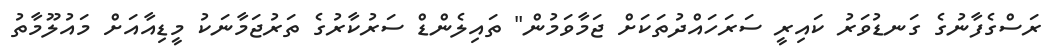
ރަސްގެފާނުގެ ގަނޑުވަރު ކައިރީ ސަރަހައްދުތަކަށް ޖަމާވަމުން" ތައިލެންޑް ސަރުކާރުގެ ތަރުޖަމާނަކު މީޑިއާއަށް މައުލޫމާތު